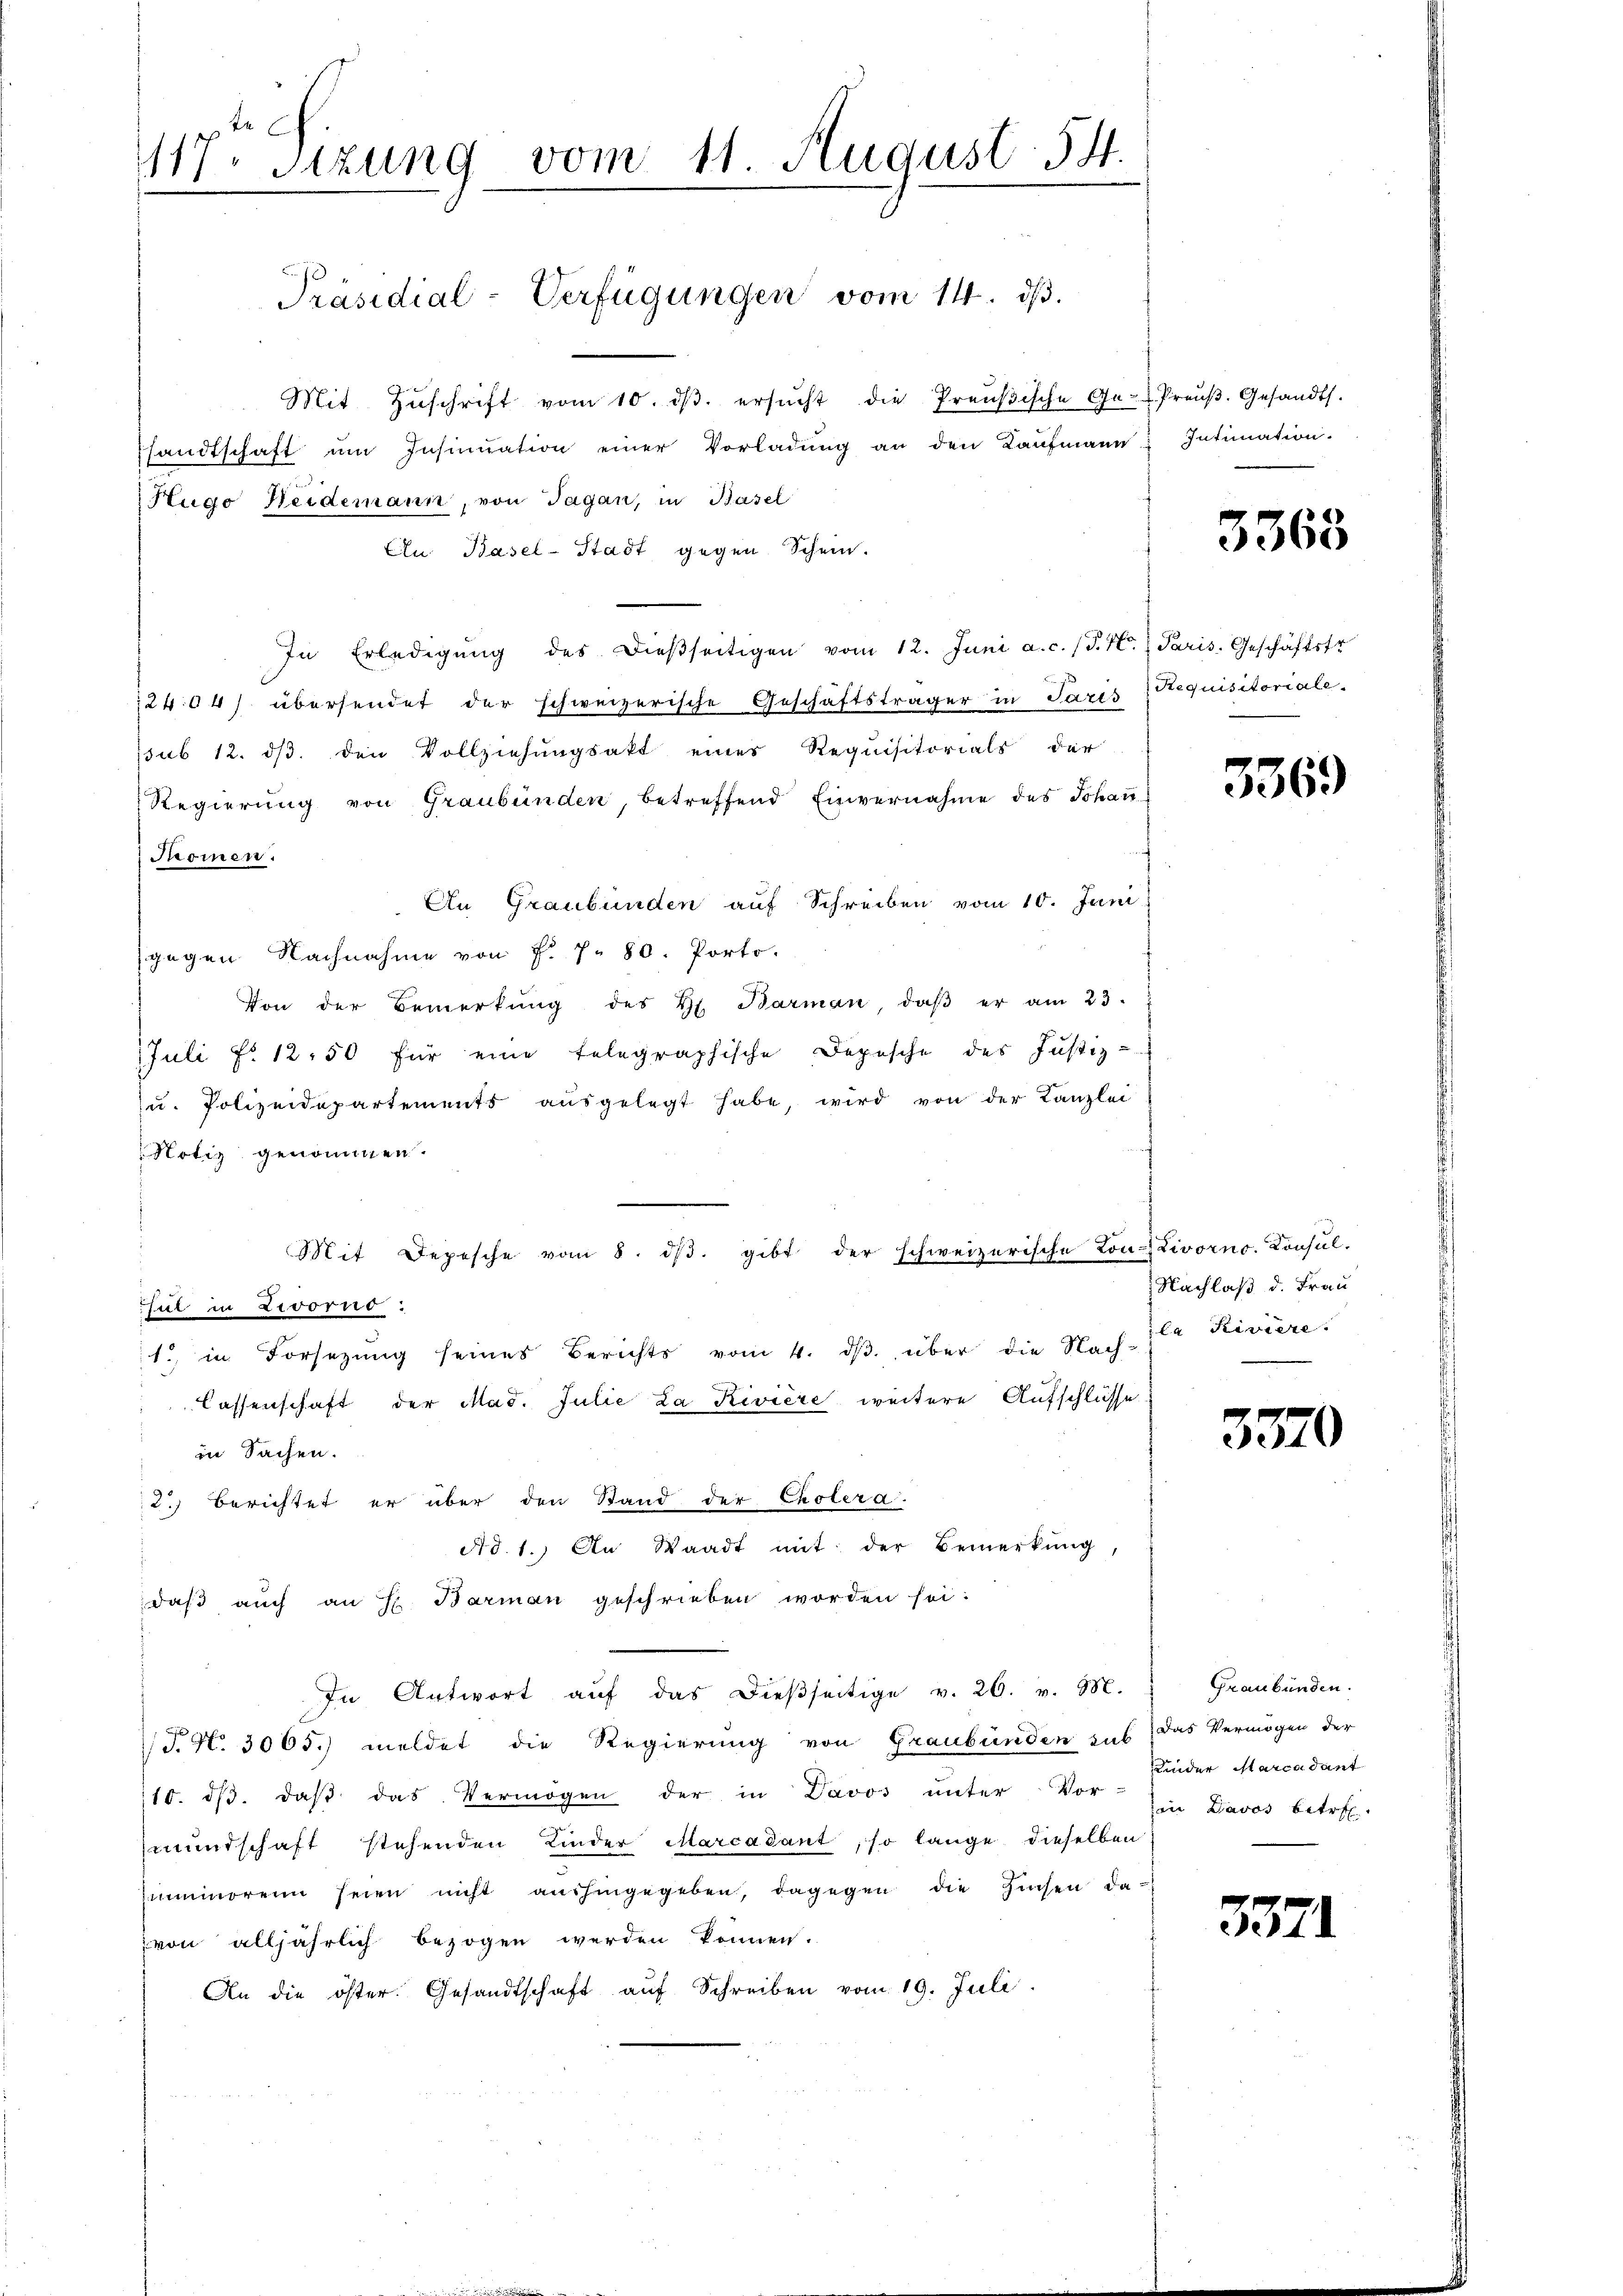
117. Sitzung vom 11. August. 54.

Präsidial-Verfügungen vom 14. ds.

Mit Zŭschrift vom 10. dβ. ersŭcht die Preŭβische Ge- Preŭβ. Gesandts.
shandtschaft ŭm Insinuation einer Vorladŭng an den Kaŭfmann Intimation.
Hugo Heidemann, von Jagan, in Basel
An Basel-Stadt gegen Schein.
In Erledigŭng des dieβseitigen vom 12. Juni a. c. (T. H. Paris. Geschäftstr
12404) übersendet der schweizerische Geschäftsträger in Paris Requisitoriale-
sub 12. ds. den Vollziehungsakt eines Requisitorials der
Regierung von Graubünden, betreffend Einvernahme des Johann
Promen.
An Graubünden auf Schreiben vom 10. Juni
gegen Nachnahme von F. P. 80. Porto-
Von der Bemerkŭng des H. Barman, daβ er am 23.
Juli No 1250 für eine telegraphische Depesche des Justiz-
u. Polizeidepartements aŭsgelegt habe, wird von der Kanzlei
Notiz genommen.
Mit Depesche vom 8. dβ. gibt der schweizerische Ton-Livorno. Consul-
sul in Livorno.
1. in Forsezung seines Berichts vom 4. dβ über die Nach Ita Riviere.
Cassenschaft der Mad. Julie La Riviere weitere Aufschlüsse
in Sachen.
2.) Berichtet er über den Stand der Cholera.
Ad. 1.) An Waadt mit der Bemerkung,
daß auch an H. Barman geschrieben worden sei:
In Antwort aŭf das dieβseitige v. 26. v. M.
T. N. 3065.) meldet die Regierung von Graubünden sub das Vermögen der
110. dβ. daβ das Vermögen der in Davos ŭnter Vor Ein Davos betr.
mundschaft stehenden Kinder Marcadant, so lange dieselben
nimorein seien nicht aŭshingegeben, dagegen die Zinsen da-
von alljährlich bezogen werden können.
An die öster. Gesandtschaft aŭf Schreiben vom 19. Juli

3363

336.

Nachlaß d. Frau

3570

Graubünden.
Kinder Marcadant

3371